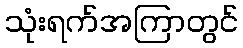
သုံးရက်အကြာတွင်